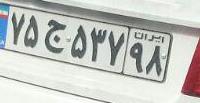
۷۵ج۵۳۷۹۸